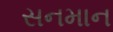
સનમાન